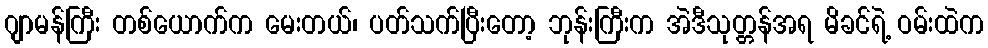
ဂျာမန်ကြီး တစ်ယောက်က မေးတယ်၊ ပတ်သက်ပြီးတော့ ဘုန်းကြီးက အဲဒီသုတ္တန်အရ မိခင်ရဲ့ ဝမ်းထဲက